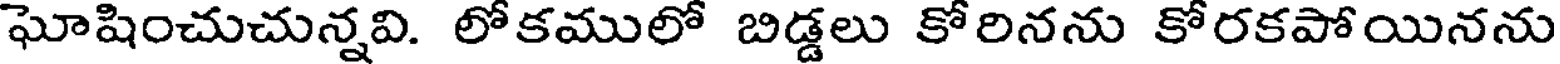
ఘోషించుచున్నవి. లోకములో బిడ్డలు కోరినను కోరకపోయినను